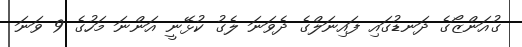
ގުއަންޒޯގެ ދަނޑުގައި ފައިނަލްގެ ދެވަނަ ލެގު ކުޅޭނީ އަންނަ މަހުގެ 9 ވަނަ